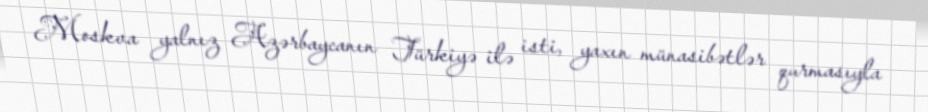
Moskva yalnız Azərbaycanın Türkiyə ilə isti, yaxın münasibətlər qurmasıyla